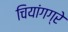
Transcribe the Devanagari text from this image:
चियांगग्रे